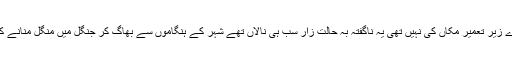
صرف میرے زیر تعمیر مکاں کی نہیں تھی یہ ناگفتہ بہ حالت زار سب ہی نالاں تھے شہر کے ہنگاموں سے بھاگ کر جنگل میں منگل منانے کے آرزومند۔